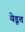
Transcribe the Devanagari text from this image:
येडूत